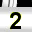
Digit: 2